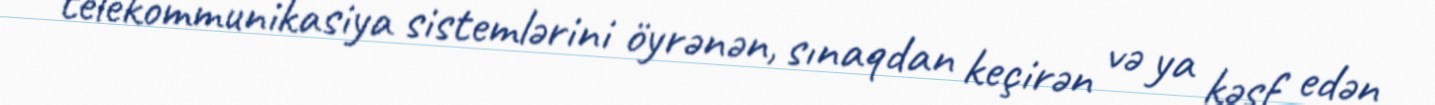
telekommunikasiya sistemlərini öyrənən, sınaqdan keçirən və ya kəşf edən